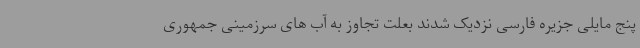
پنج مایلی جزیره فارسی نزدیک شدند بعلت تجاوز به آب های سرزمینی جمهوری